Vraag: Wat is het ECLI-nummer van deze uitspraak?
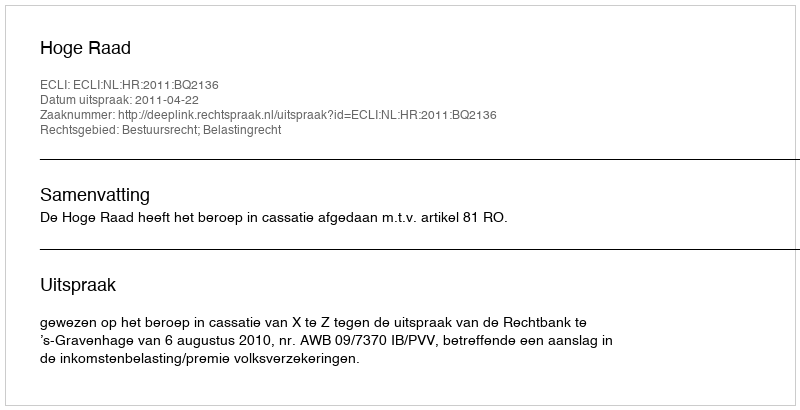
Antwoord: ECLI:NL:HR:2011:BQ2136